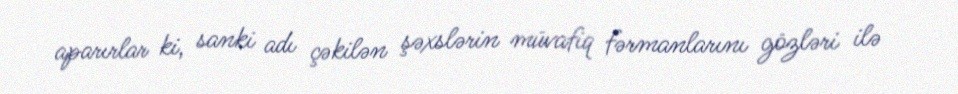
aparırlar ki, sanki adı çəkilən şəxslərin müvafiq fərmanlarını gözləri ilə